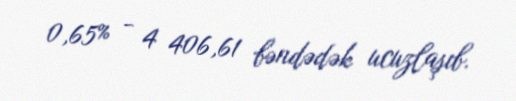
0,65% - 4 406,61 bəndədək ucuzlaşıb.